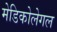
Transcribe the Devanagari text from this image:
मेडिकोलेगल